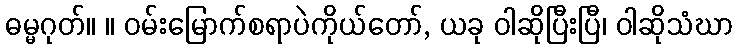
ဓမ္မဂုတ်။ ။ ဝမ်းမြောက်စရာပဲကိုယ်တော်, ယခု ဝါဆိုပြီးပြီ၊ ဝါဆိုသံဃာ